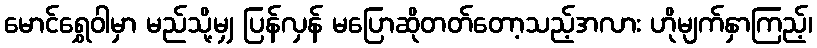
မောင်ရွှေဝါမှာ မည်သို့မျှ ပြန်လှန် မပြောဆိုတတ်တော့သည့်အလား ဟိုမျက်နှာကြည့်၊